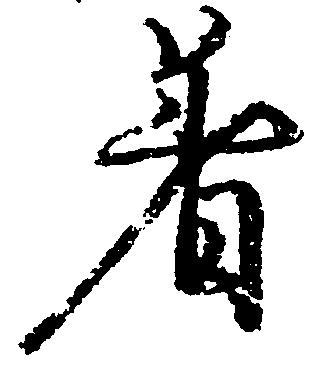
着